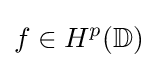
f\in H^{p}(\mathbb {D} )